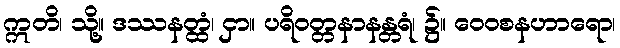
ဣတိ၊ သို့။ ဒဿနတ္ထံ၊ ငှာ။ ပရိဝတ္တနာနန္တရံ၊ ၌။ ဝေဝစနဟာရော၊